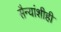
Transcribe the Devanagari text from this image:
सैन्यांशीही